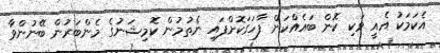
އެކަމަކު އެއީ ވަކި ކޮން ބައެއްކަން ފާހަގަކޮށްފައި ނެތުމުން ކޮމިޝަނުގެ މެންބަރުން ބޭނުންވާ